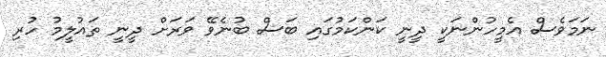
ނަމަވެސް އެމީހުންނަކީ ދީނީ ކަންކަމުގައި ބަސް ބުނެވޭ ވަރަށް ދީނީ ތައުލީމު ހުރި